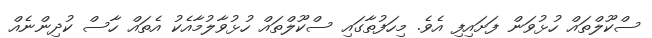
ސްކޫލްތައް ހުޅުވަން ފަށައިފި އެވެ. މިހަފުތާގައި ސްކޫލްތައް ހުޅުވާލުމާއެކު އެތައް ހާސް ކުދިންނެއް